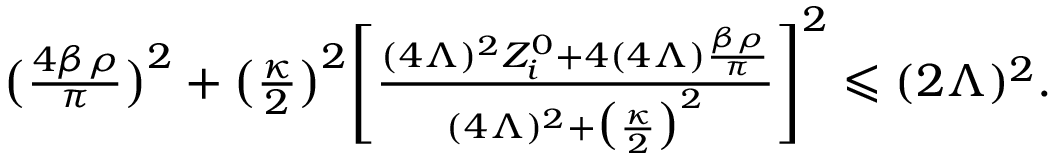
\begin{array} { r } { \big ( \frac { 4 \beta \rho } { \pi } \big ) ^ { 2 } + \big ( \frac { \kappa } { 2 } \big ) ^ { 2 } \Bigg [ \frac { ( 4 \Lambda ) ^ { 2 } Z _ { i } ^ { 0 } + 4 ( 4 \Lambda ) \frac { \beta \rho } { \pi } } { ( 4 \Lambda ) ^ { 2 } + \big ( \frac { \kappa } { 2 } \big ) ^ { 2 } } \Bigg ] ^ { 2 } \leqslant ( 2 \Lambda ) ^ { 2 } . \ \ } \end{array}